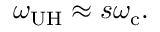
\omega _ { \mathrm { U H } } \approx s \omega _ { \mathrm { c } } .